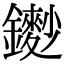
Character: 𨮽